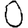
Digit: 0